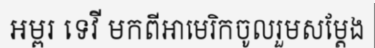
អម្ពរ ទេវី មកពីអាមេរិកចូលរួមសម្តែង